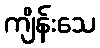
ကျိန်းသေ